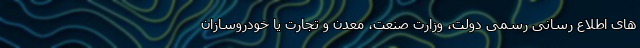
های اطلاع رسانی رسمی دولت، وزارت صنعت، معدن و تجارت یا خودروسازان